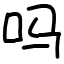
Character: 吗